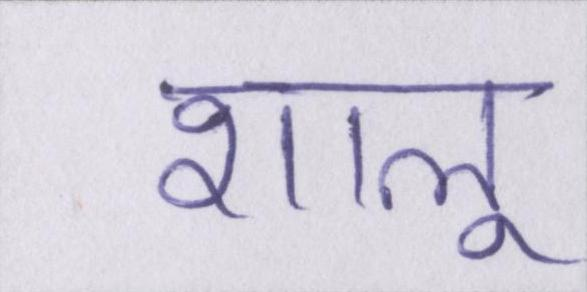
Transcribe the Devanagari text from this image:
शालू